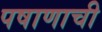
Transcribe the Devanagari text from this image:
पषाणाची